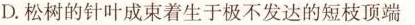
D.松树的针叶成束着生于极不发达的短枝顶端